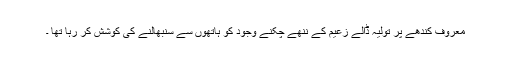
معروف کندھے پر تولیہ ڈالے زعیم کے ننھے چکنے وجود کو ہاتھوں سے سنبھالنے کی کوشش کر رہا تھا ۔